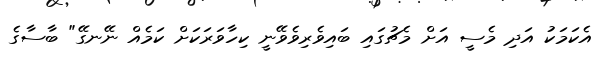
އެކަމަކު އަދި މެސީ އަށް މެޗުގައި ބައިވެރިވެވޭނީ ކިހާވަރަކަށް ކަމެއް ނޭނގޭ" ބާސާގެ